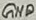
Text: GND